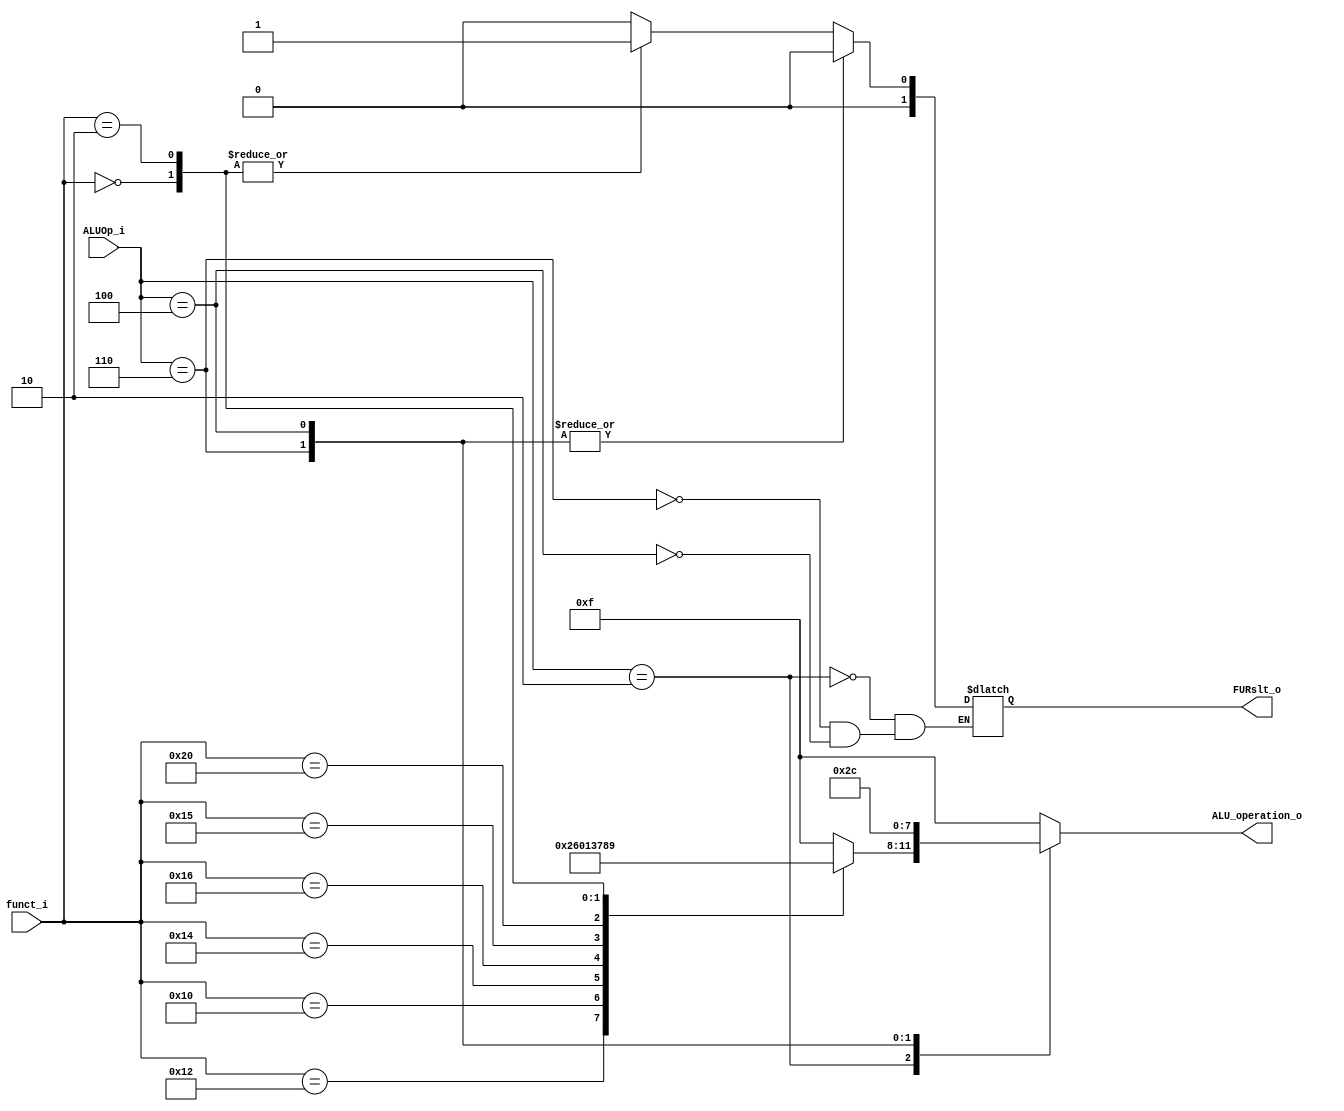
module ALU_Ctrl( funct_i, ALUOp_i, ALU_operation_o, FURslt_o );

//I/O ports 
input      [6-1:0] funct_i;
input      [3-1:0] ALUOp_i;

output     [4-1:0] ALU_operation_o;  
output     [2-1:0] FURslt_o;
     
//Internal Signals
wire		[4-1:0] ALU_operation_o;
wire		[2-1:0] FURslt_o;

//Main function
/*your code here*/
reg        [4-1:0] ALU_operation_os;
reg        [2-1:0] FURslt_os;

assign ALU_operation_o= ALU_operation_os;
assign FURslt_o=FURslt_os;
always @ ( funct_i or ALUOp_i) begin
case (ALUOp_i)
	3'b010 : //R-type
	begin
	FURslt_os=2'b00;
	case (funct_i)
		6'b010010 : ALU_operation_os = 4'b0010; //Add unsigned
		6'b010000 : ALU_operation_os = 4'b0110; //Subtract unsigned
		6'b010100 : ALU_operation_os = 4'b0000; //Bitwise and
		6'b010110 : ALU_operation_os = 4'b0001; //Bitwise or
		6'b010101 : ALU_operation_os = 4'b0011; //Bitwise nor
		6'b100000 : ALU_operation_os = 4'b0111; //Set on less than
		6'b000000 : 
		  begin
		  ALU_operation_os = 4'b1000; //Shift left arithmetic
		  FURslt_os=2'b01;
		  end
		6'b000010 : 
		  begin
          ALU_operation_os = 4'b1001; //Shift left arithmetic
          FURslt_os=2'b01;
          end
		default : ALU_operation_os = 4'b1111;
	endcase
	end
	
	3'b110 : 
	begin 
	FURslt_os=2'b00;
	ALU_operation_os = 4'b0010; //Add immediate
	end
	
	3'b100 : 
	begin 
	FURslt_os=2'b00;
	ALU_operation_os = 4'b1100; //Load upper immediate
	end
	
	default : ALU_operation_os = 4'b1111;
	
endcase
end

endmodule